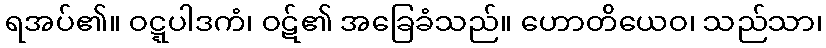
ရအပ်၏။ ဝဋ္ဋပါဒကံ၊ ဝဋ်၏ အခြေခံသည်။ ဟောတိယေဝ၊ သည်သာ၊